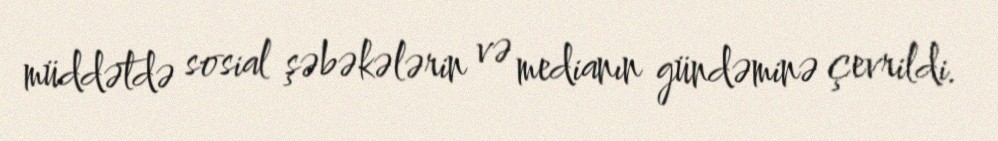
müddətdə sosial şəbəkələrin və medianın gündəminə çevrildi.